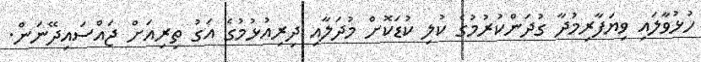
ހުޅުވާލައި ވިޔަފާރިމުދާ ގުދަންކުރުމުގެ ކުލި ކުޑަކޮށް މުދަލާއި ދިރިއުޅުމުގެ އަގު ތިރިއަށް ޖައްސައިދޭނަން.